Statistics compiled by the Government of India from the reports of provincial Civil Veterinary Departments
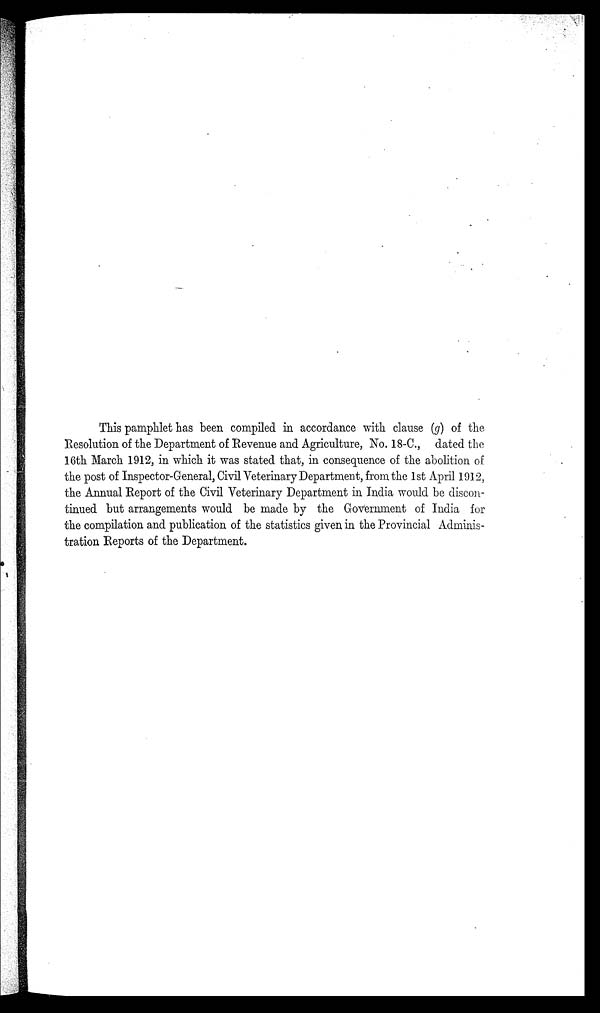
This pamphlet has been compiled in accordance with clause (g) of the
Resolution of the Department of Revenue and Agriculture, No. 18-C., dated the
16th March 1912, in which it was stated that, in consequence of the abolition of
the post of Inspector-General, Civil Veterinary Department, from the 1st April 1912,
the Annual Report of the Civil Veterinary Department in India would be discon-
tinued but arrangements would be made by the Government of India for
the compilation and publication of the statistics given in the Provincial Adminis-
tration Reports of the Department.